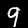
Digit: 9